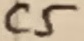
Text: C5